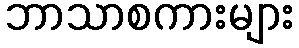
ဘာသာစကားများ